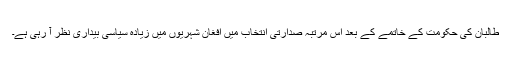
طالبان کی حکومت کے خاتمے کے بعد اس مرتبہ صدارتی انتخاب میں افغان شہریوں میں زیادہ سیاسی بیداری نظر آ رہی ہے۔